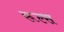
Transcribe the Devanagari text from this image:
रूल्‍स